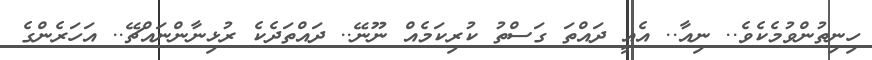
ހިނިތުންވުމެކެވެ.. ނިއާ.. އެއީ ދައްތަ ގަސްތު ކުރިކަމެއް ނޫނޭ.. ދައްތަދެކެ ރުޅިނާންނައްޗޭ.. އަހަރެންގެ